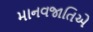
માનવજાતિએ